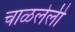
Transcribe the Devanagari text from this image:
चाळलेली